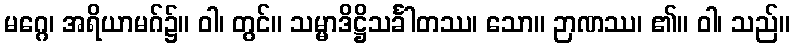
မဂ္ဂေ၊ အရိယာမဂ်၌။ ဝါ၊ တွင်။ သမ္မာဒိဋ္ဌိသင်္ခါတဿ၊ သော။ ဉာဏဿ၊ ၏။ ဝါ၊ သည်။